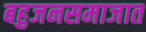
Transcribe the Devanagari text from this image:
बहुजनसमाजात